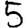
Digit: 5